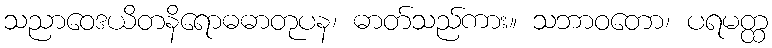
သညာဝေဒယိတနိရောဓဓာတုပန၊ ဓာတ်သည်ကား။ သဘာဝတော၊ ပရမတ္ထ